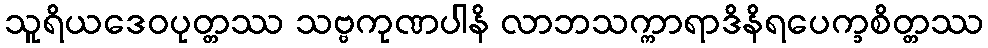
သူရိယဒေဝပုတ္တဿ သဗ္ဗကုဏပါနိ လာဘသက္ကာရာဒိနိရပေက္ခစိတ္တဿ